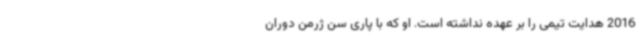
2016 هدایت تیمی را بر عهده نداشته است. او که با پاری سن ژرمن دوران